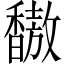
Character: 𫘀